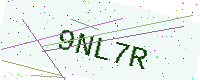
Text: 9NL7R